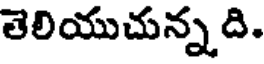
తెలియుచున్నది.